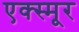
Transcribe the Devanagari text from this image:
एक्स्मूर